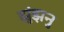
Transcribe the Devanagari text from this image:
झुंझनु